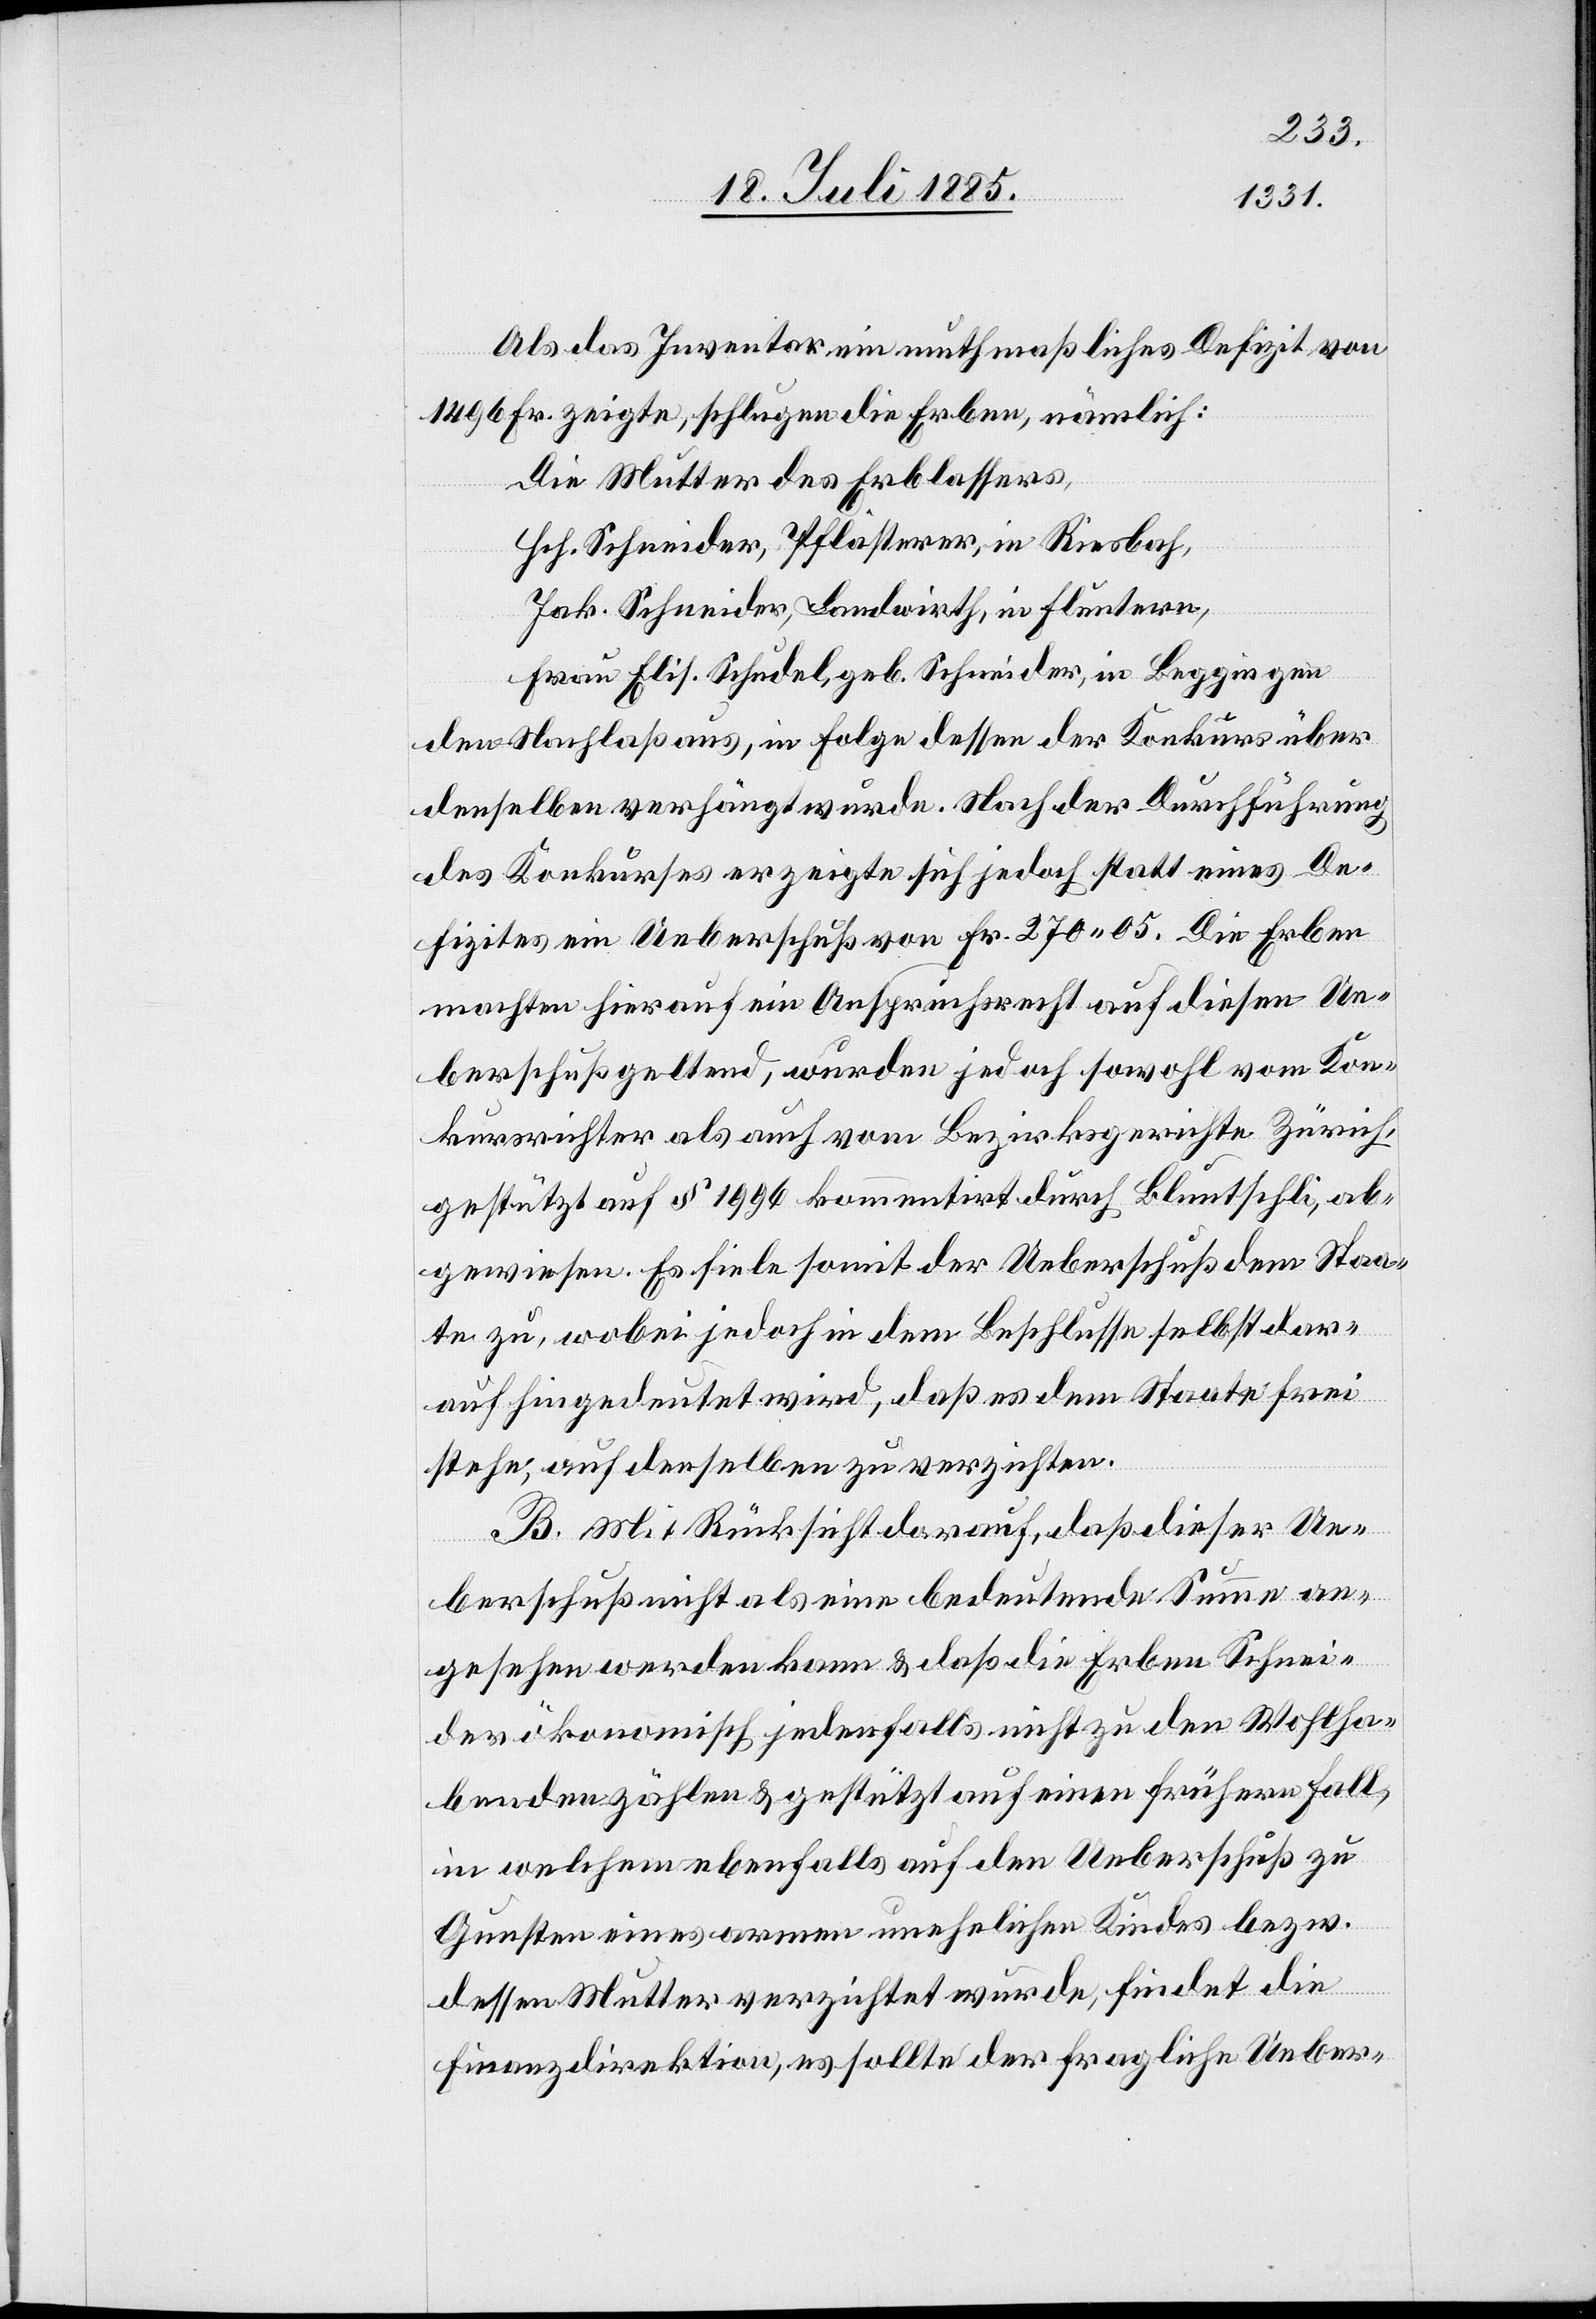
Als das Inventar ein muthmaßliches Defizit von
1496 Fr. zeigte, schlugen die Erben, nämlich:
Die Mutter des Erblassers,
Hch. Schneider, Pflästerer, in Riesbach,
Jak. Schneider, Landwirth, in Fluntern,
Frau Elis. Schudel, geb. Schneider, in Beggingen
den Nachlaß aus, in Folge dessen der Konkurs über
denselben verhängt wurde. Nach der Durchführung
des Konkurses erzeigte sich jedoch statt eines De¬
fiziten ein Ueberschuß von Fr. 270 05. Die Erben
machten hierauf ein Anspruchsrecht auf diesen Ue¬
berschuß geltend, wurden jedoch sowohl vom Kon¬
kursrichter als auch vom Bezirksgerichte Zürich,
gestützt auf § 1996 kommentirt durch Bluntschli, ab¬
gewiesen. Es fiele somit der Ueberschuß dem Staa¬
te zu, wobei jedoch in dem Beschlusse selbst dar¬
auf hingedeutet wird, daß es dem Staate frei
stehe, auf denselben zu verzichten.
B. Mit Rücksicht darauf, daß dieser Ue¬
berschuß nicht als eine bedeutende Summe an¬
gesehen werden kann & daß die Erben Schnei¬
der ökonomisch jedenfalls nicht zu den Wohlha¬
bendesten zählen & gestützt auf einen frühern Fall,
in welchem ebenfalls auf den Ueberschuß zu
Gunsten eines armen unehelichen Kindes bezw.
dessen Mutter verzichtet wurde, findet die
Finanzdirektion, es sollte der fragliche Ueber-